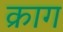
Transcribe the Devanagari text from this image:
क्राग